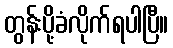
တွန်းပို့ခံလိုက်ရပါပြီ။